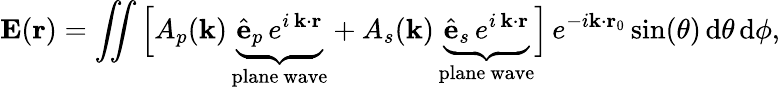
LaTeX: \mathbf{E}(\mathbf{r})=\iint\Big[A_{p}(\mathbf{k})\, \underbrace{\hat{\mathbf{e}}_{p}\, e^{i\, \mathbf{k}\cdot\mathbf{r}}}_{\mathrm{plane~wave}}+A_{s}(\mathbf{k})\, \underbrace{\hat{\mathbf{e}}_{s}\, e^{i\, \mathbf{k}\cdot\mathbf{r}}}_{\mathrm{plane~wave}}\Big]\, e^{-i\mathbf{k}\cdot\mathbf{r}_{0}}\, \mathrm{sin}(\theta)\, \mathrm{d}\theta\, \mathrm{d}\phi,